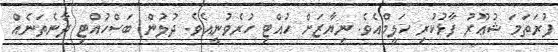
ފުރަތަމަ ޝުޢޫރު ފާޅުކުރި ހަލީމްއެވެ. ނިޔާޒަށް ހުއްޓި ހުރެވުނީއެވެ. ދުލުން ބަސްހުއްޓި ދާނެތަނެއް